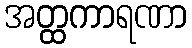
အတ္ထကာရဏာ